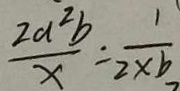
\frac { 2 a ^ { 2 } b } { x } = \frac { 1 } { 2 \times b }